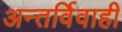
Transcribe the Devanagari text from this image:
अन्तर्विवाही